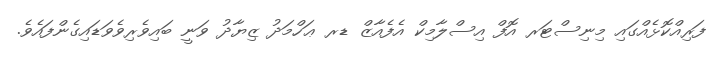
ފަރިއްކޮޅެއްގައި މިނިސްޓަރ އޮފް އިސްލާމިކް އެފެއާޒް ޑރ ޢަހްމަދު ޒިޔާދު ވަނީ ބައިވެރިވެވަޑައިގެންފައެވެ.